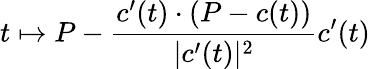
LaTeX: t\mapsto P-{\frac{c^{\prime}(t)\cdot(P-c(t))}{|c^{\prime}(t)|^{2}}}c^{\prime}(t)